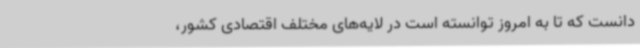
دانست که تا به امروز توانسته است در لایه‌های مختلف اقتصادی کشور،